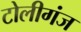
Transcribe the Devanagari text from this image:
टोलीगंज